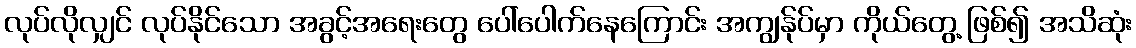
လုပ်လိုလျှင် လုပ်နိုင်သော အခွင့်အရေးတွေ ပေါ်ပေါက်နေကြောင်း အကျွန်ုပ်မှာ ကိုယ်တွေ့ ဖြစ်၍ အသိဆုံး